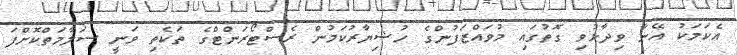
އެކަމަކު އޭނާ ވިދާޅުވި ގޮތުގައި މުވައްޒަފުންގެ ހުޝިޔާރުކަމުން ރެސްޓޯރަންޓްގެ ތަކެތި ވަނީ ސަލާމަތްކޮށްފަ